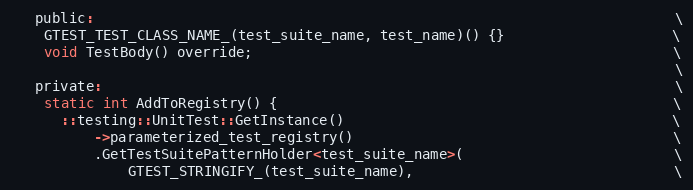
Language: C
   public:                                                                     \
    GTEST_TEST_CLASS_NAME_(test_suite_name, test_name)() {}                    \
    void TestBody() override;                                                  \
                                                                               \
   private:                                                                    \
    static int AddToRegistry() {                                               \
      ::testing::UnitTest::GetInstance()                                       \
          ->parameterized_test_registry()                                      \
          .GetTestSuitePatternHolder<test_suite_name>(                         \
              GTEST_STRINGIFY_(test_suite_name),                               \